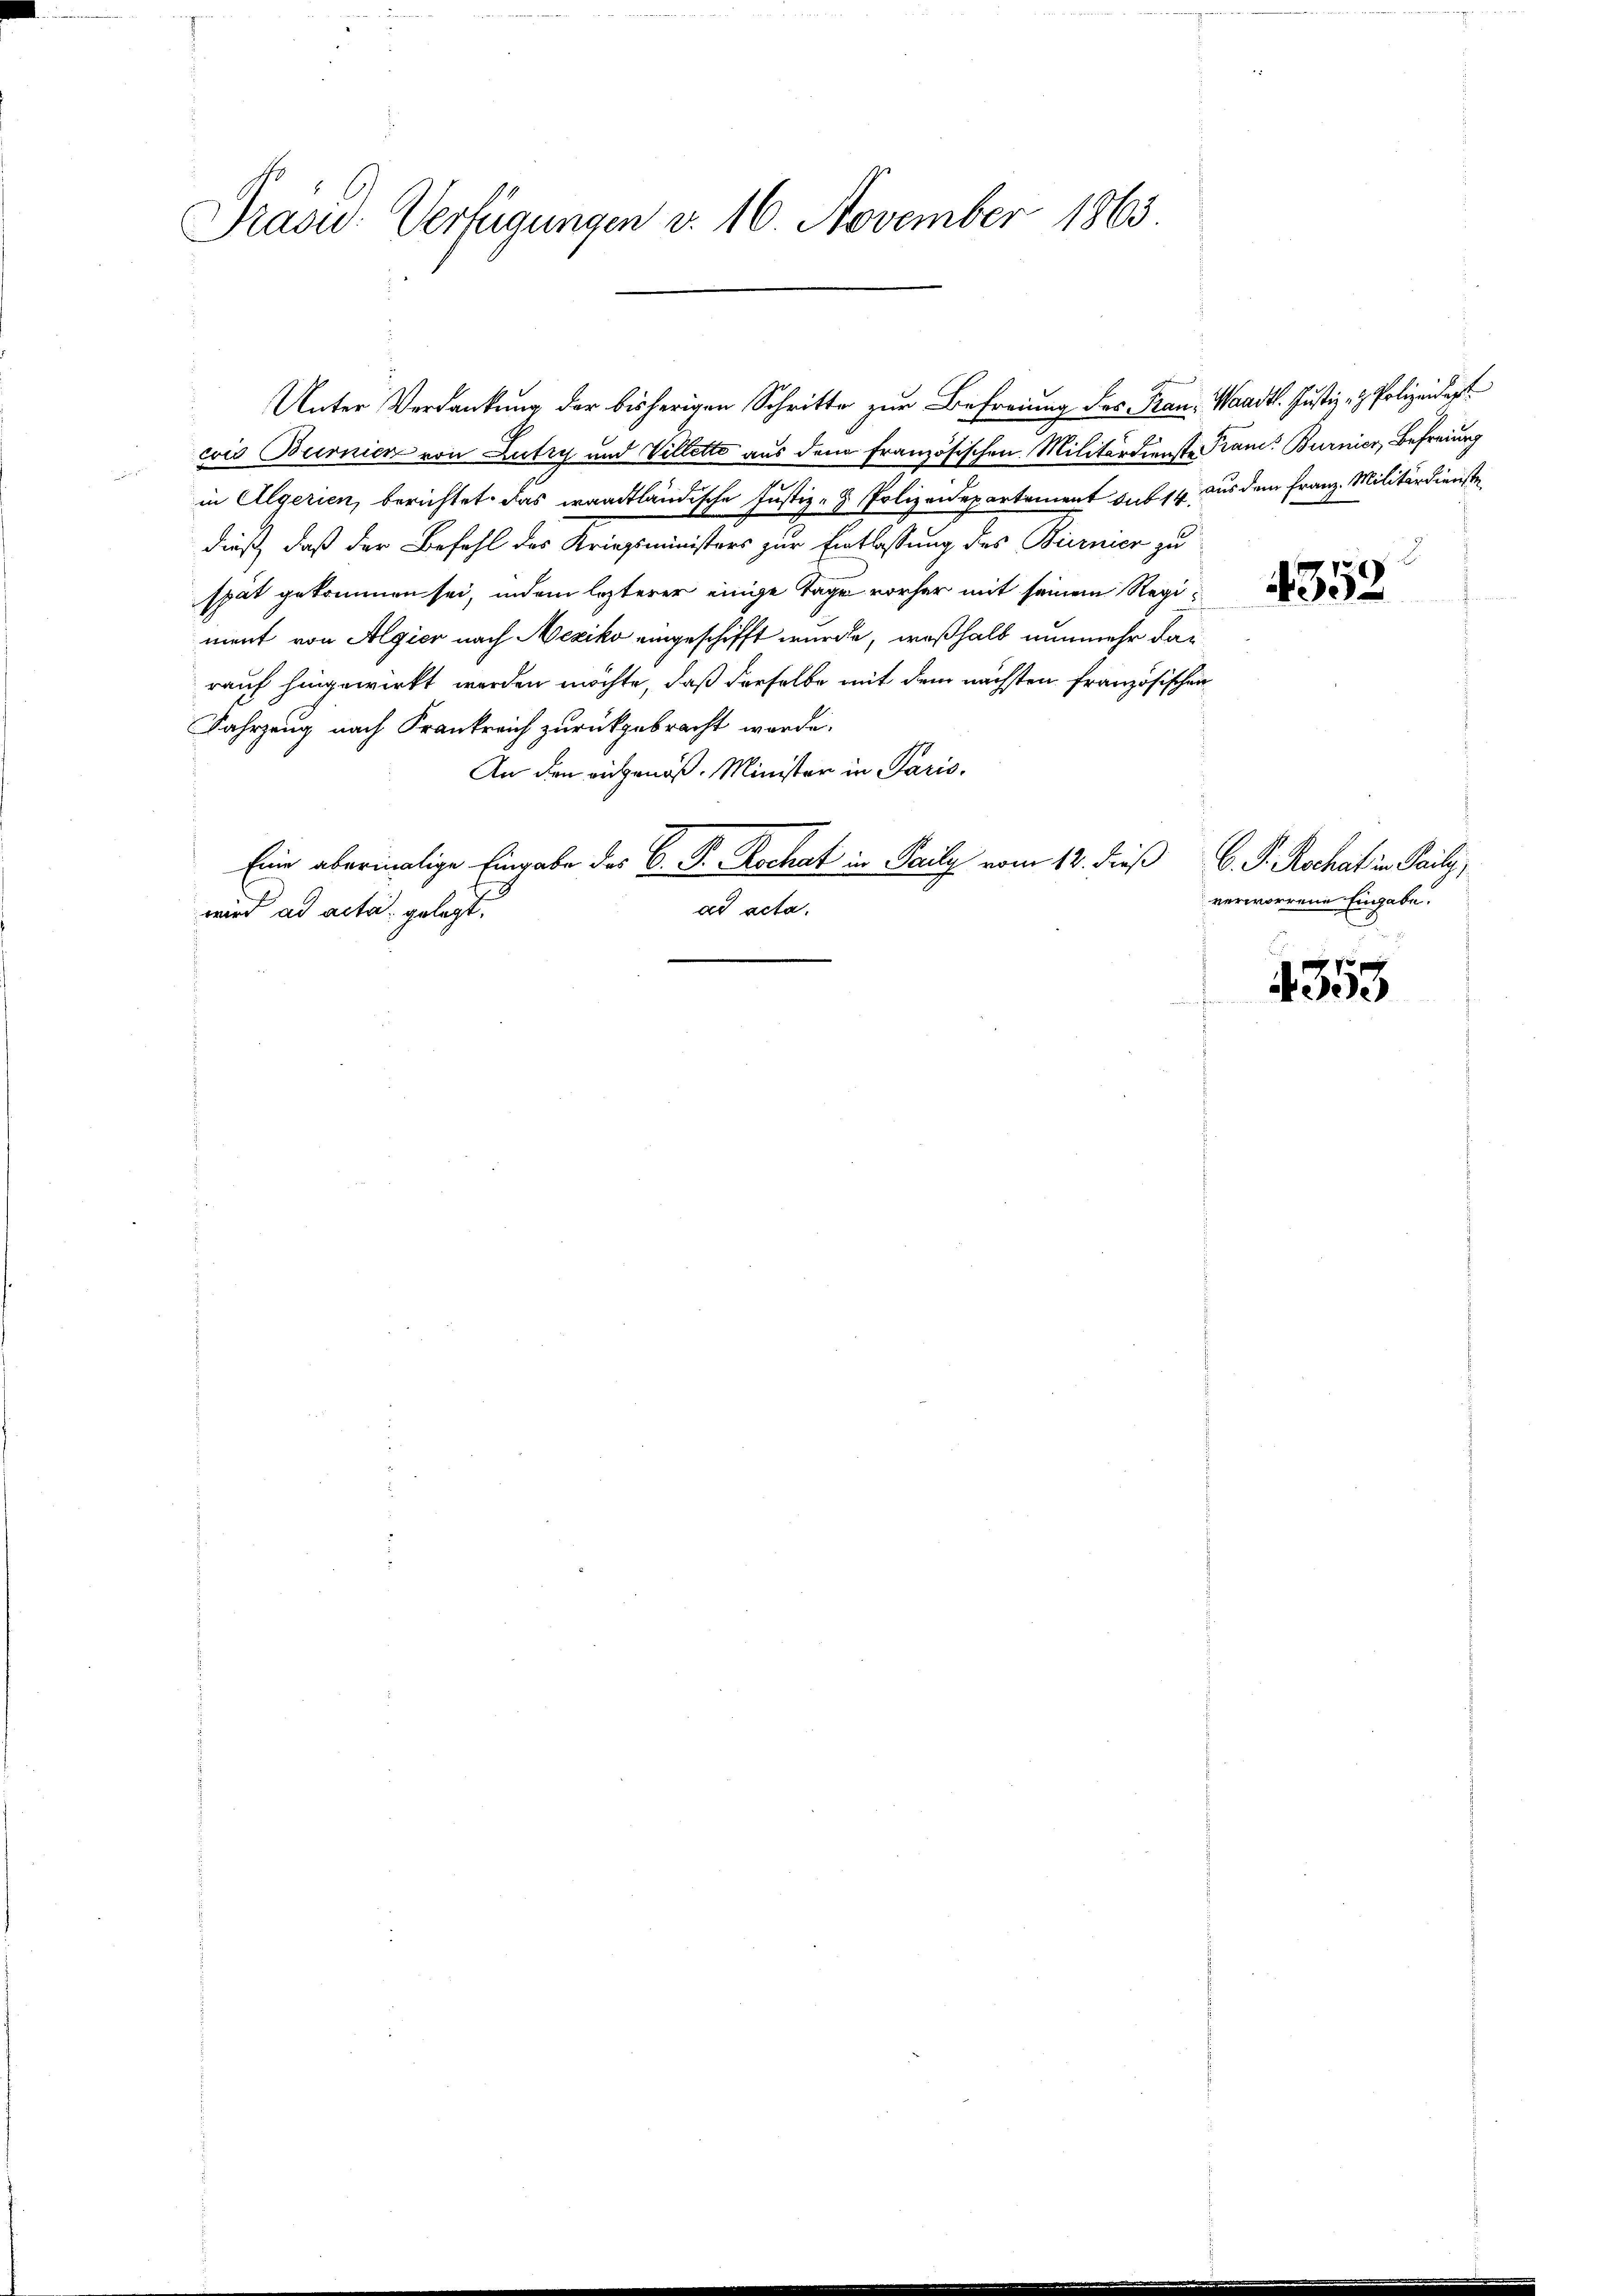
Präsid. Verfügungen v. 16. November 1863.

cois Burnien von Lutry und Villette aus dem französischen Militärdienste Prand. Burnier, Befreiung
in Algerien, berichtet, das waadtländische Justiz- & Polizeidepartement sub 14 aus dem Franz Militärdienste
dieß, daß der Befehl des Kriegsministers zur Entlassung des Burnier zu
spät gekommen sei, indem lezterer einige Tage vorher mit seinem Regiment von Algier nach Mexiko eingeschifft wurde, weßhalb nunmehr dar
rauf hingewirkt werden möchte, daß derselbe mit dem nächsten französischen
Fahrzeug nach Frankreich zurückgebracht werde.
An den eidgenöß. Minister in Paris.
Eine abermalige Eingabe des C. Fr. Kochat in Paily vom 12. dieß G. P. Rochat in Saily,
cta.
wird ad acta gelegt.

Unter Verdankung der bisherigen Schritte zur Befreiung des Frau, Waadt. Justiz- & Polizeidigt

4352

verworrene Eingabe.

353